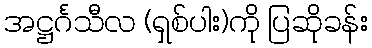
အဋ္ဌင်္ဂသီလ (ရှစ်ပါး)ကို ပြဆိုခန်း